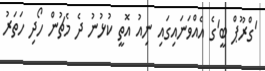
'ގްރޫޕް ބީ'ގެ އެއްވަނައިގައި ނިއު އޮތީ ކުޅުނު ދެ މެޗުން ހޯދި ހަތަރު